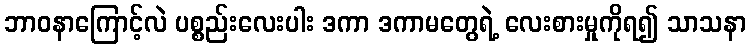
ဘာဝနာကြောင့်လဲ ပစ္စည်းလေးပါး ဒကာ ဒကာမတွေရဲ့ လေးစားမှုကိုရ၍ သာသနာ